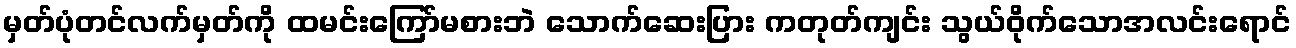
မှတ်ပုံတင်လက်မှတ်ကို ထမင်းကြော်မစားဘဲ သောက်ဆေးပြား ကတုတ်ကျင်း သွယ်ဝိုက်သောအလင်းရောင်